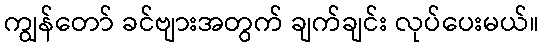
ကျွန်တော် ခင်ဗျားအတွက် ချက်ချင်း လုပ်ပေးမယ်။